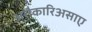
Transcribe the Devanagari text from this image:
अरौकारिअसाए